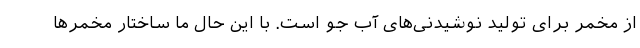
از مخمر برای تولید نوشیدنی‌های آب جو است. با این حال ما ساختار مخمرها